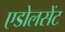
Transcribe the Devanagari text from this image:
एडोलसेंट